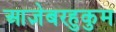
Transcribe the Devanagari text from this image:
आज्ञेबरहुकुम